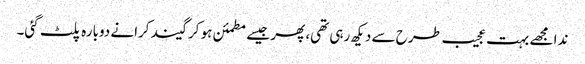
ندا مجھے بہت عجیب طرح سے دیکھ رہی تھی، پھر جیسے مطمئن ہو کر گیند کرانے دوبارہ پلٹ گئی۔